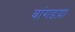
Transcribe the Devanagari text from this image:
बांगडय़ा